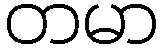
တမာ